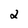
Character: 2